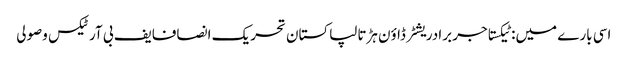
اسی بارے میں: ٹیکستاجر برادریشٹر ڈاؤن ہڑتالپاکستان تحریک انصافایف بی آرٹیکس وصولی